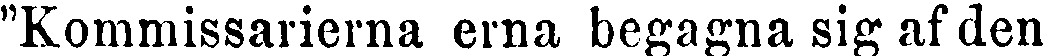
"Komissarierna erna begagna sig af den